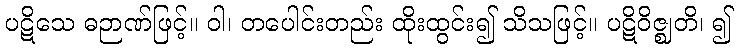
ပဋိသေ ဓဉာဏ်ဖြင့်။ ဝါ၊ တပေါင်းတည်း ထိုးထွင်း၍ သိသဖြင့်။ ပဋိဝိဇ္ဈတိ၊ ၍